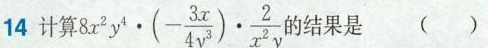
14计算 $$8 x ^ { 2 } y ^ { 4 } \cdot ( - \frac { 3 x } { 4 y ^ { 3 } } ) \cdot \frac { 2 } { x ^ { 2 } y }$$ 结果是()